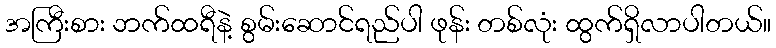
အကြီးစား ဘက်ထရီနဲ့ စွမ်းဆောင်ရည်ပါ ဖုန်း တစ်လုံး ထွက်ရှိလာပါတယ်။